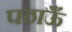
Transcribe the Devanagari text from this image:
पठाऊँ